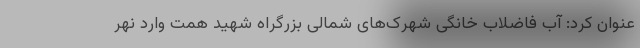
عنوان کرد: آب فاضلاب خانگی شهرک‌های شمالی بزرگراه شهید همت وارد نهر